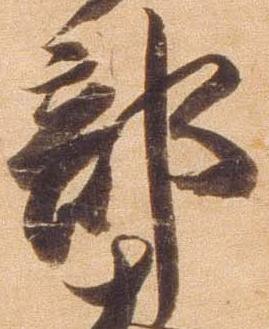
部